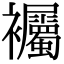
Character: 䙱